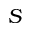
S